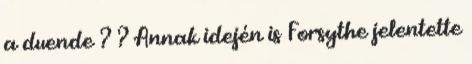
a duende ? ? Annak idején is Forsythe jelentette